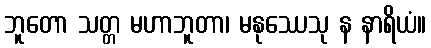
ဘူတော သတ္တ မဟာဘူတာ၊ မနုဿေသု န နာရိယံ။